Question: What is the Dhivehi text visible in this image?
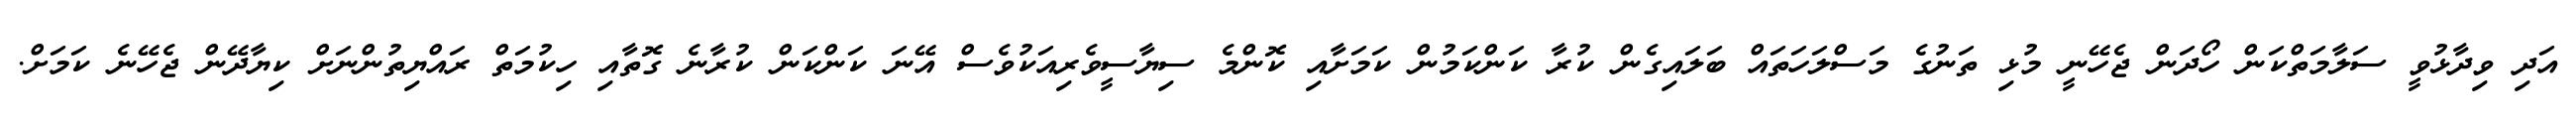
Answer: އަދި ވިދާޅުވީ ސަލާމަތްކަން ހޯދަން ޖެހޭނީ މުޅި ތަނުގެ މަސްލަހަތައް ބަލައިގެން ކުރާ ކަންކަމުން ކަމަށާއި ކޮންމެ ސިޔާސީވެރިއަކުވެސް އޭނަ ކަންކަން ކުރާނެ ގޮތާއި ހިކުމަތް ރައްޔިތުންނަށް ކިޔާދޭން ޖެހޭނެ ކަމަށް.